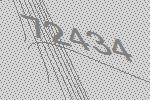
72434